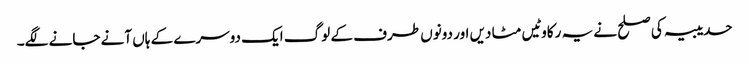
حدیبیہ کی صلح نے یہ رکاوٹیں مٹا دیں اور دونوں طرف کے لوگ ایک دوسرے کے ہاں آنے جانے لگے۔